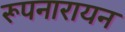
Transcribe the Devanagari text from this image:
रूपनारायन